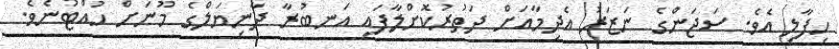
ހިފާލި އެވެ. ސަޖަންގެ ނަޒަރު އެދިމާއަށް ދަތުރުކޮށްލާފައި އަނބުރާ ދާނިޔަލްގެ މޫނަށް ހުއްޓުނެވެ.